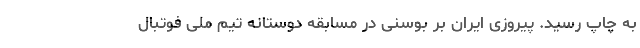
به چاپ رسید. پیروزی ایران بر بوسنی در مسابقه دوستانه تیم ملی فوتبال